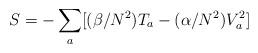
LaTeX: \begin{align*}S = - \sum_a [(\beta/N^2) T_a - (\alpha/N^2) V_a^2 ]\end{align*}